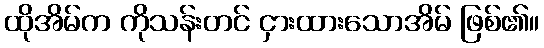
ထိုအိမ်က ကိုသန်းတင် ငှားထားသောအိမ် ဖြစ်၏။